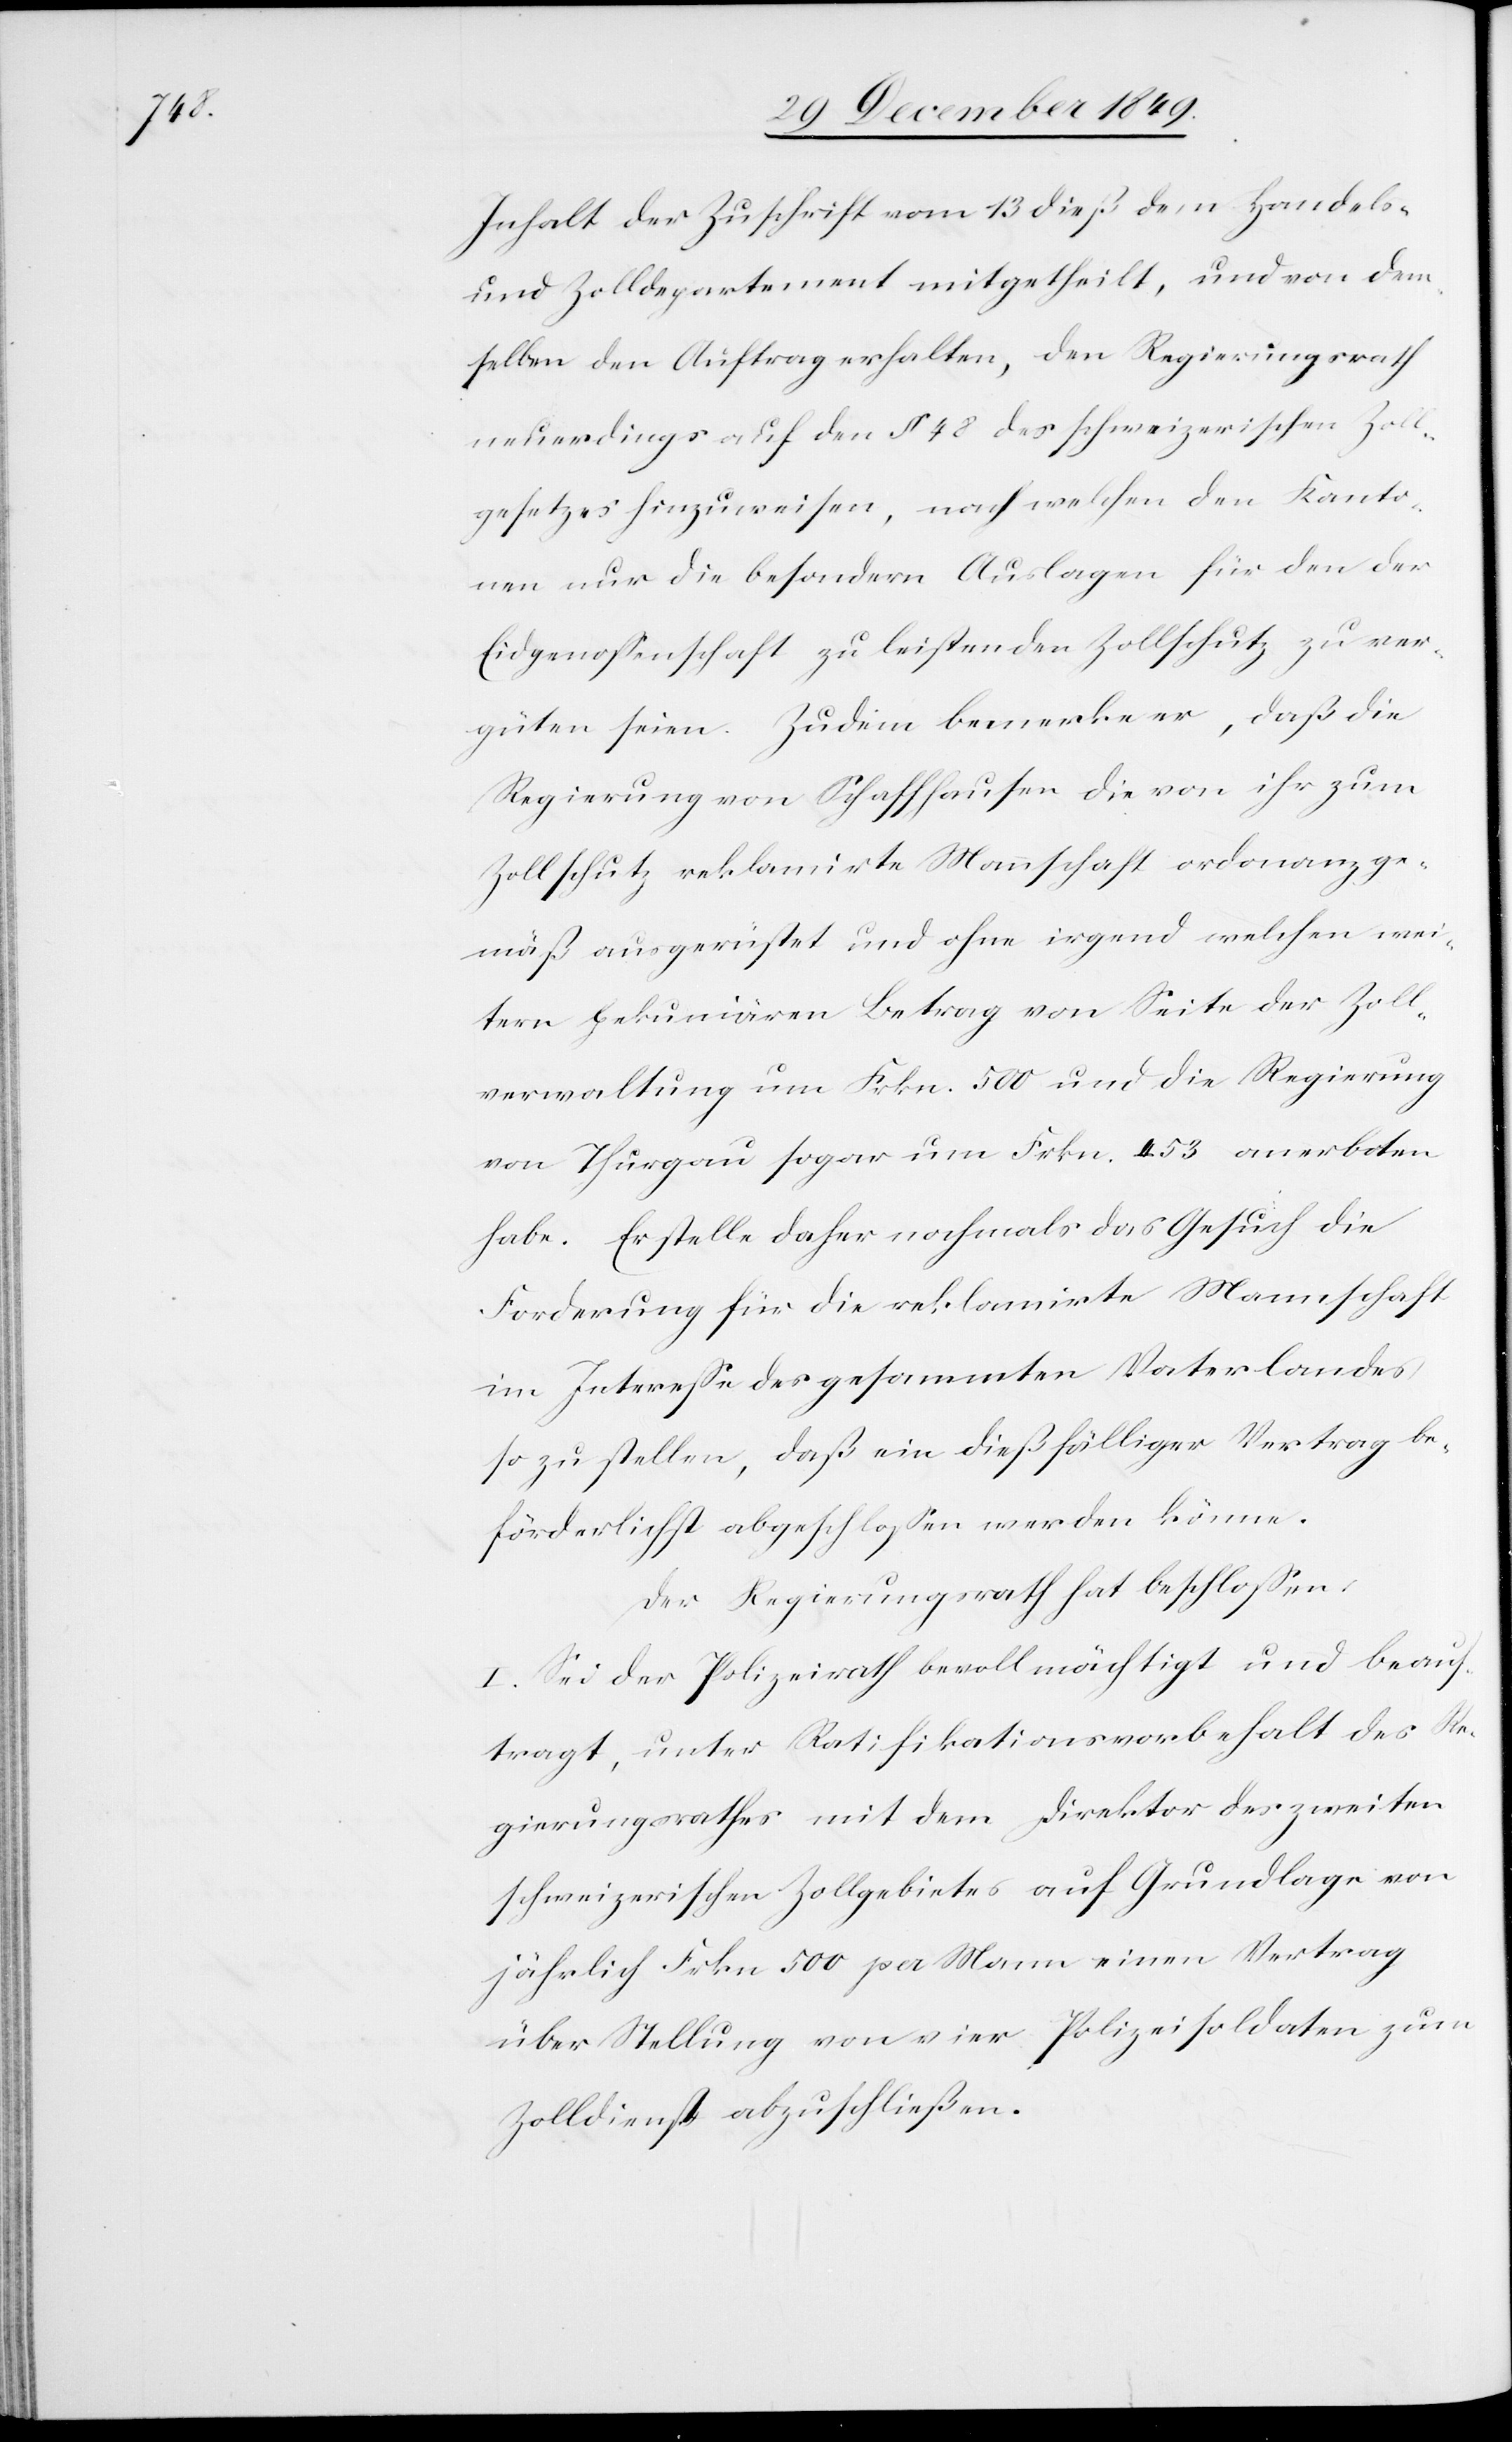
beauf¬

Inhalt der Zuschrift vom 13 dieß dem Handels-
und Zolldepartement mitgetheilt, und von dem¬
selben den Auftrag erhalten, den Regierungsrath
neuerdings auf den § 48 des schweizerischen Zoll¬
gesetzes hinzuweisen, nach welchen den Kanto¬
nen nur die besondern Auslagen für den der
Eidgenossenschaft zu leistenden Zollschutz zu ver¬
güten seien. Zudem bemerke er, daß die
Regierung von Schaffhausen die von ihr zum
Zollschutz reklamirte Mannschaft ordonanzge¬
mäß ausgerüstet und ohne irgend welchen wei¬
tern pekuniären Betrag von Seite der Zoll¬
verwaltung um Frkn. 500 und die Regierung
von Thurgau sogar um Frkn. 453 anerboten
habe. Er stelle daher nochmals das Gesuch die
Forderung für die reklamirte Mannschaft
im Intereße des gesammten Vaterlandes
so zu stellen, daß ein dießfälliger Vertrag be¬
förderlichst abgeschloßen werden könne.
Der Regierungsrath hat beschloßen:
tragt, unter Ratifikationsvorbehalt des Re¬
gierungsrathes mit dem Direktor des zweiten
schweizerischen Zollgebietes auf Grundlage von
jährlich Frkn. 500 pro Mann einen Vertrag
über Stellung von vier Polizeisoldaten zum
Zolldienst abzuschließen.